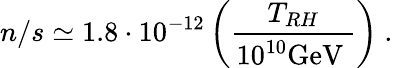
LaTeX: n/s\simeq 1.8\cdot 10^{-12}\left(\frac{T_{RH}}{10^{10}\mathrm{GeV~}}\right)~.